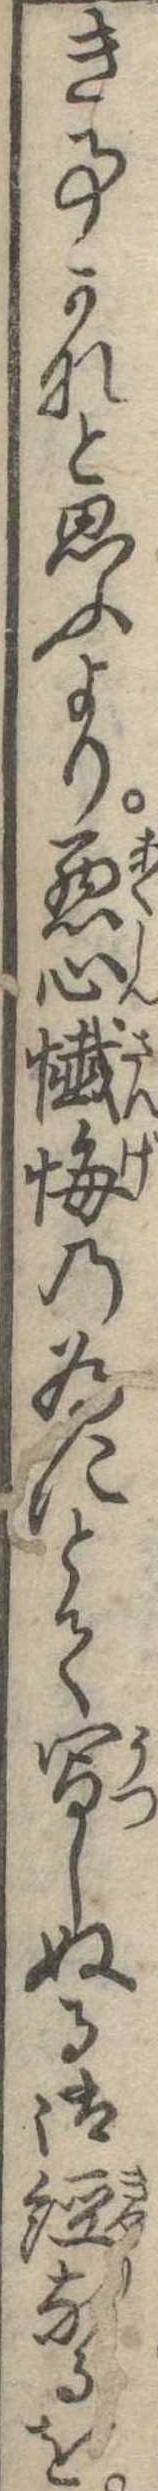
き事かなと思ふより悪心懺悔の為にとて写しぬる御経なるを